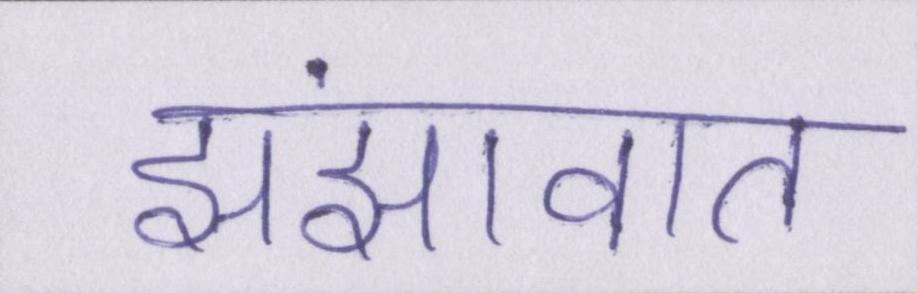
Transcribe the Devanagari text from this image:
झंझावात